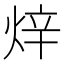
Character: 𤈼